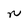
Character: n